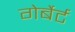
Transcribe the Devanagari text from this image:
गेर्बेर्ट